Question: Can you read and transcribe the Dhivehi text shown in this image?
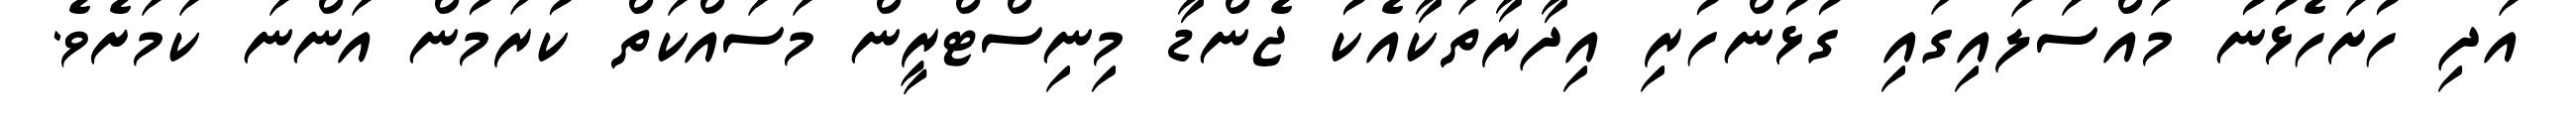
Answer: އަދި ހުށަހެޅުނު މައްސަލައިގައި ގުޅުންހުރި އިދާރާތަކާއެކު ޖެންޑާ މިނިސްޓްރީން މަސައްކަތް ކުރަމުން އަންނަ ކަމަށެވެ.